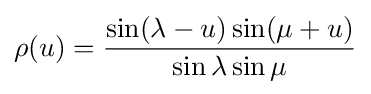
\rho (u)={\frac {\sin(\lambda -u)\sin(\mu +u)}{\sin \lambda \sin \mu }}